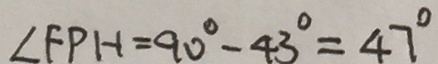
\angle F P H = 9 0 ^ { \circ } - 4 3 ^ { \circ } = 4 7 ^ { \circ }